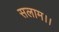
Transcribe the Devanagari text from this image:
सलाम।।